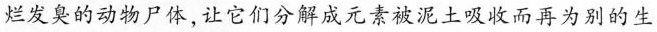
烂发臭的动物尸体，让它们分解成元素被泥土吸收而再为别的生